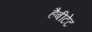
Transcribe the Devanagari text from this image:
हैबीटेट